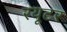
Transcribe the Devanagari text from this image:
रयूटर